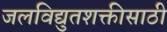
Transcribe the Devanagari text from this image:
जलविद्युतशक्तीसाठी